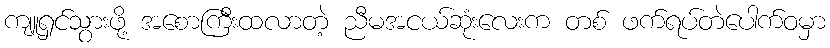
ကျူရှင်သွားဖို့ အစောကြီးထလာတဲ့ ညီမအငယ်ဆုံးလေးက တစ် ဖက်ရပ်တဲပေါက်ဝမှာ